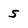
Character: 5